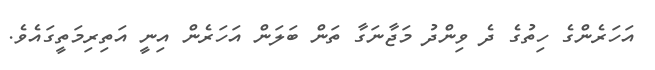
އަހަރެންގެ ހިތުގެ ދެ ވިންދު މަޖާނަގާ ތަން ބަލަން އަހަރެން އިނީ އަތިރިމަތީގައެވެ.